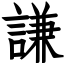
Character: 謙